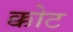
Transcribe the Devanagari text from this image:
क्कोट